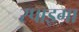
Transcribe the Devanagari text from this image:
स्पाइगा